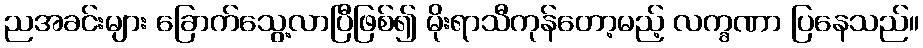
ညအခင်းများ ခြောက်သွေ့လာပြီဖြစ်၍ မိုးရာသီကုန်တော့မည့် လက္ခဏာ ပြနေသည်။